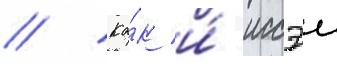
// Ка́к и́ иссэи